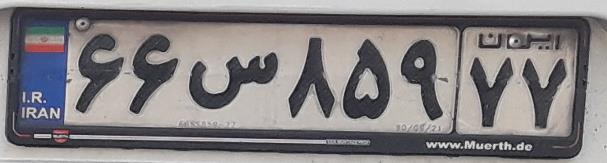
۶۶س۸۵۹۷۷